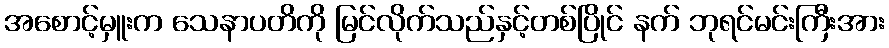
အစောင့်မှူးက သေနာပတိကို မြင်လိုက်သည်နှင့်တစ်ပြိုင် နက် ဘုရင်မင်းကြီးအား